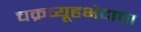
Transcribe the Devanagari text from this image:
चक्रव्यूहभेदाचा